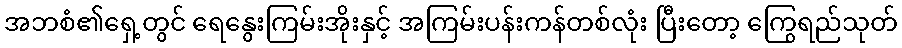
အဘစံ၏ရှေ့တွင် ရေနွေးကြမ်းအိုးနှင့် အကြမ်းပန်းကန်တစ်လုံး ပြီးတော့ ကြွေရည်သုတ်